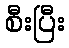
စီးပြီး